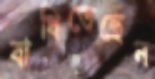
বাধিতেছেন